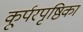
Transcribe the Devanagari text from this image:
कूर्परपृष्ठिका